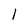
Character: 1